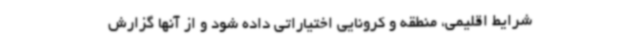
شرایط اقلیمی، منطقه و کرونایی اختیاراتی داده شود و از آنها گزارش